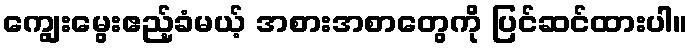
ကျွေးမွေးဧည့်ခံမယ့် အစားအစာတွေကို ပြင်ဆင်ထားပါ။